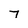
Character: 7